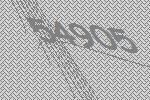
54905